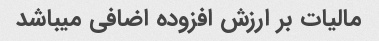
مالیات بر ارزش افزوده اضافی میباشد